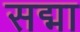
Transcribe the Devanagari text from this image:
सद्मा